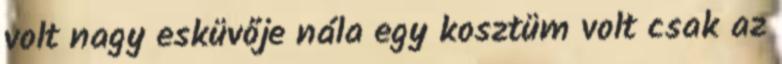
volt nagy esküvője nála egy kosztüm volt csak az